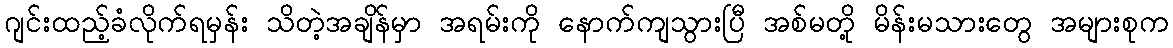
ဂျင်းထည့်ခံလိုက်ရမှန်း သိတဲ့အချိန်မှာ အရမ်းကို နောက်ကျသွားပြီ အစ်မတို့ မိန်းမသားတွေ အများစုက